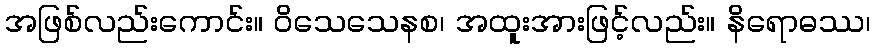
အဖြစ်လည်းကောင်း။ ဝိသေသေနစ၊ အထူးအားဖြင့်လည်း။ နိရောဓဿ၊